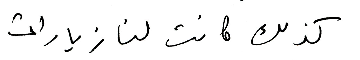
كذلك كانت لنا زيارات